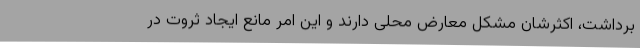
برداشت، اکثرشان مشکل معارض محلی دارند و این امر مانع ایجاد ثروت در